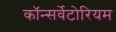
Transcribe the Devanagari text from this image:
कॉन्सर्वेटोरियम